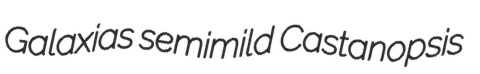
Galaxias semimild Castanopsis